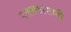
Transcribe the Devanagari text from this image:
पालकासाठी